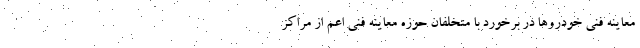
معاینه فنی خودروها در برخورد با متخلفان حوزه معاینه فنی اعم از مراکز